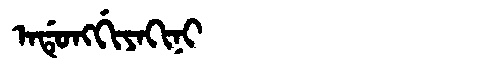
Manchu: ᠠᡩᡠᠩᡤᡳᠶᠠᡴᡳᠨᡳ
Romanization: ADUNGGIYAKINI